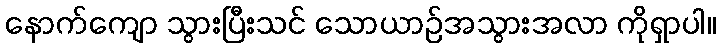
နောက်ကျော သွားပြီးသင် သောယာဉ်အသွားအလာ ကိုရှာပါ။